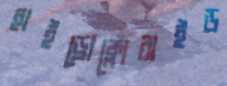
হাইড্রোক্লোরাইড